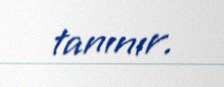
tanınır.